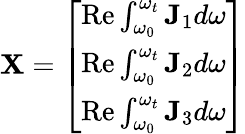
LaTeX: \mathbf{X}={\left[\begin{array}{l}{\operatorname{Re}\int_{\omega_{0}}^{\omega_{t}}\mathbf{J}_{1}d\omega}\\ {\operatorname{Re}\int_{\omega_{0}}^{\omega_{t}}\mathbf{J}_{2}d\omega}\\ {\operatorname{Re}\int_{\omega_{0}}^{\omega_{t}}\mathbf{J}_{3}d\omega}\end{array}\right]}